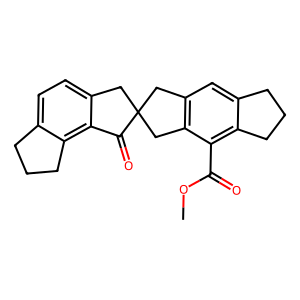
SMILES: COC(=O)c1c2c(cc3c1CC1(C3)Cc3ccc4c(c3C1=O)CCC4)CCC2
Inhibits HIV replication: No